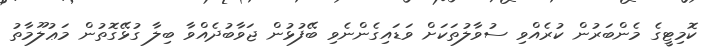
ކޮމިޓީގެ މެންބަރުން ކުރެއްވި ސުވާލުތަކަށް ވަޑައިގެންނެވި ބޭފުޅުން ޖަވާބުދެއްވާ ބިލާ ގުޅޭގޮތުން މަޢުލޫމާތު